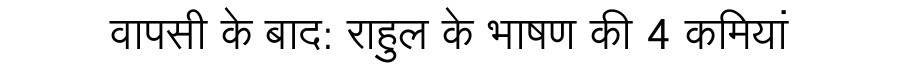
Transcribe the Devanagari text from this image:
वापसी के बाद: राहुल के भाषण की 4 कमियां